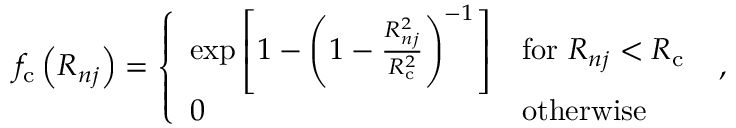
\begin{array} { r } { f _ { \mathrm { c } } \left( R _ { n j } \right) = \left\{ \begin{array} { l l } { \exp \left[ 1 - \left( 1 - \frac { R _ { n j } ^ { 2 } } { R _ { \mathrm { c } } ^ { 2 } } \right) ^ { - 1 } \right] } & { \mathrm { f o r } \ R _ { n j } < R _ { \mathrm { c } } } \\ { 0 } & { \mathrm { o t h e r w i s e } } \end{array} \right. \ , } \end{array}